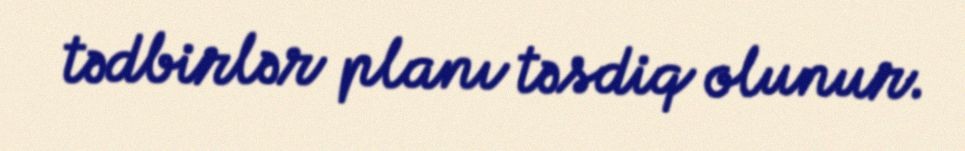
tədbirlər planı təsdiq olunur.